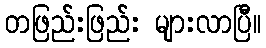
တဖြည်းဖြည်း များလာပြီ။